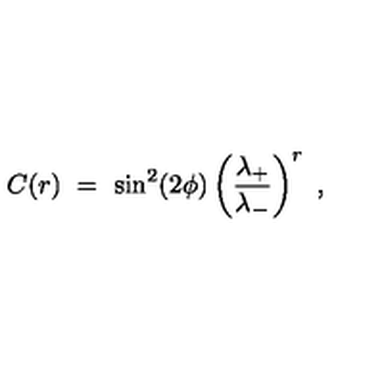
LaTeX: C ( r ) \ = \ \sin ^ { 2 } ( 2 \phi ) \left( \frac { \lambda _ { + } } { \lambda _ { - } } \right) ^ { r } \ ,